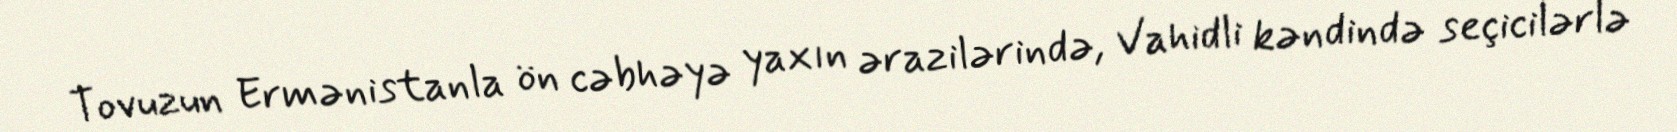
Tovuzun Ermənistanla ön cəbhəyə yaxın ərazilərində, Vahidli kəndində seçicilərlə